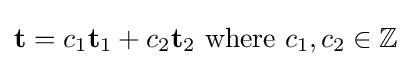
\mathbf {t} =c_{1}\mathbf {t} _{1}+c_{2}\mathbf {t} _{2}{\text{ where }}c_{1},c_{2}\in \mathbb {Z}